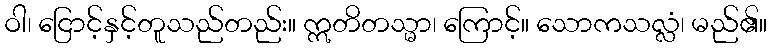
ဝါ၊ ငြောင့်နှင့်တူသည်တည်း။ ဣတိတသ္မာ၊ ကြောင့်။ သောကသလ္လံ၊ မည်၏။